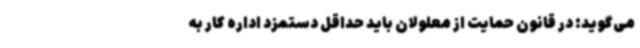
می‌گوید: در قانون حمایت از معلولان باید حداقل دستمزد اداره کار به